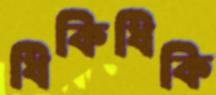
ধিকিধিকি